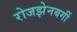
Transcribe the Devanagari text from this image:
रोजझेनबर्गी